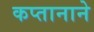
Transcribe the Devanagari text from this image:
कप्‍तानाने